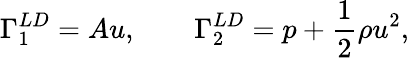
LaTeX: \Gamma_{1}^{LD}=Au,\qquad\Gamma_{2}^{LD}=p+\frac{1}{2}\rho u^{2},